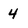
Character: 4